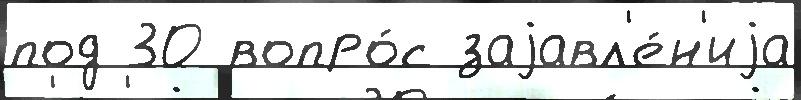
под 30 вопро́с заjавл'е́н'иjа